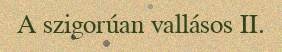
A szigorúan vallásos II.